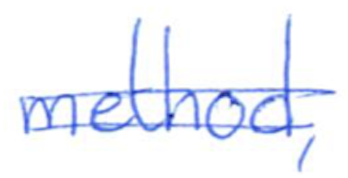
Text: method,
Cross-out: double-line
Writing tool: ballpoint